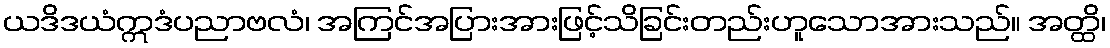
ယဒိဒယံဣဒံပညာဗလံ၊ အကြင်အပြားအားဖြင့်သိခြင်းတည်းဟူသောအားသည်။ အတ္ထိ၊